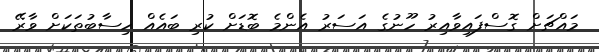
މައްޗަށް ގޮސްފައިވާއިރު ހޫނުގެ އަސަރު އެންމެ ބޮޑަށް ކުރި ބައެއް ހިސާބުތަކަށް ވާރޭ